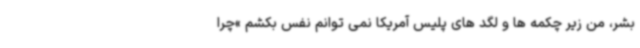
بشر، من زیر چکمه ها و لگد های پلیس آمریکا نمی توانم نفس بکشم »چرا